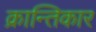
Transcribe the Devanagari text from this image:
क्रान्तिकार